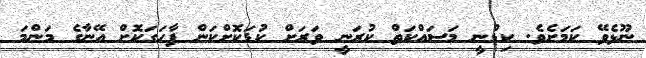
ނޫޅެވޭ ކަމަށެވެ. ކިޑްނީ މަސައްކަތް ކުރަނީ ވަރަށް ކުޑަކޮށްކަން ފާހަގަކޮށް އޭނާގެ މަންމަ